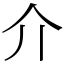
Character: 介